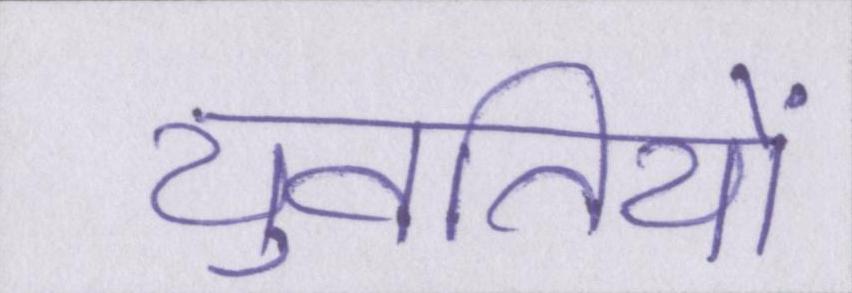
युवतियों